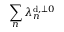
\sum _ { n } \lambda _ { n } ^ { \mathrm { d } , \perp 0 }